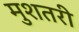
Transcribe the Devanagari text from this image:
मुशतरी